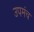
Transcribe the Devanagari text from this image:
उपमंच